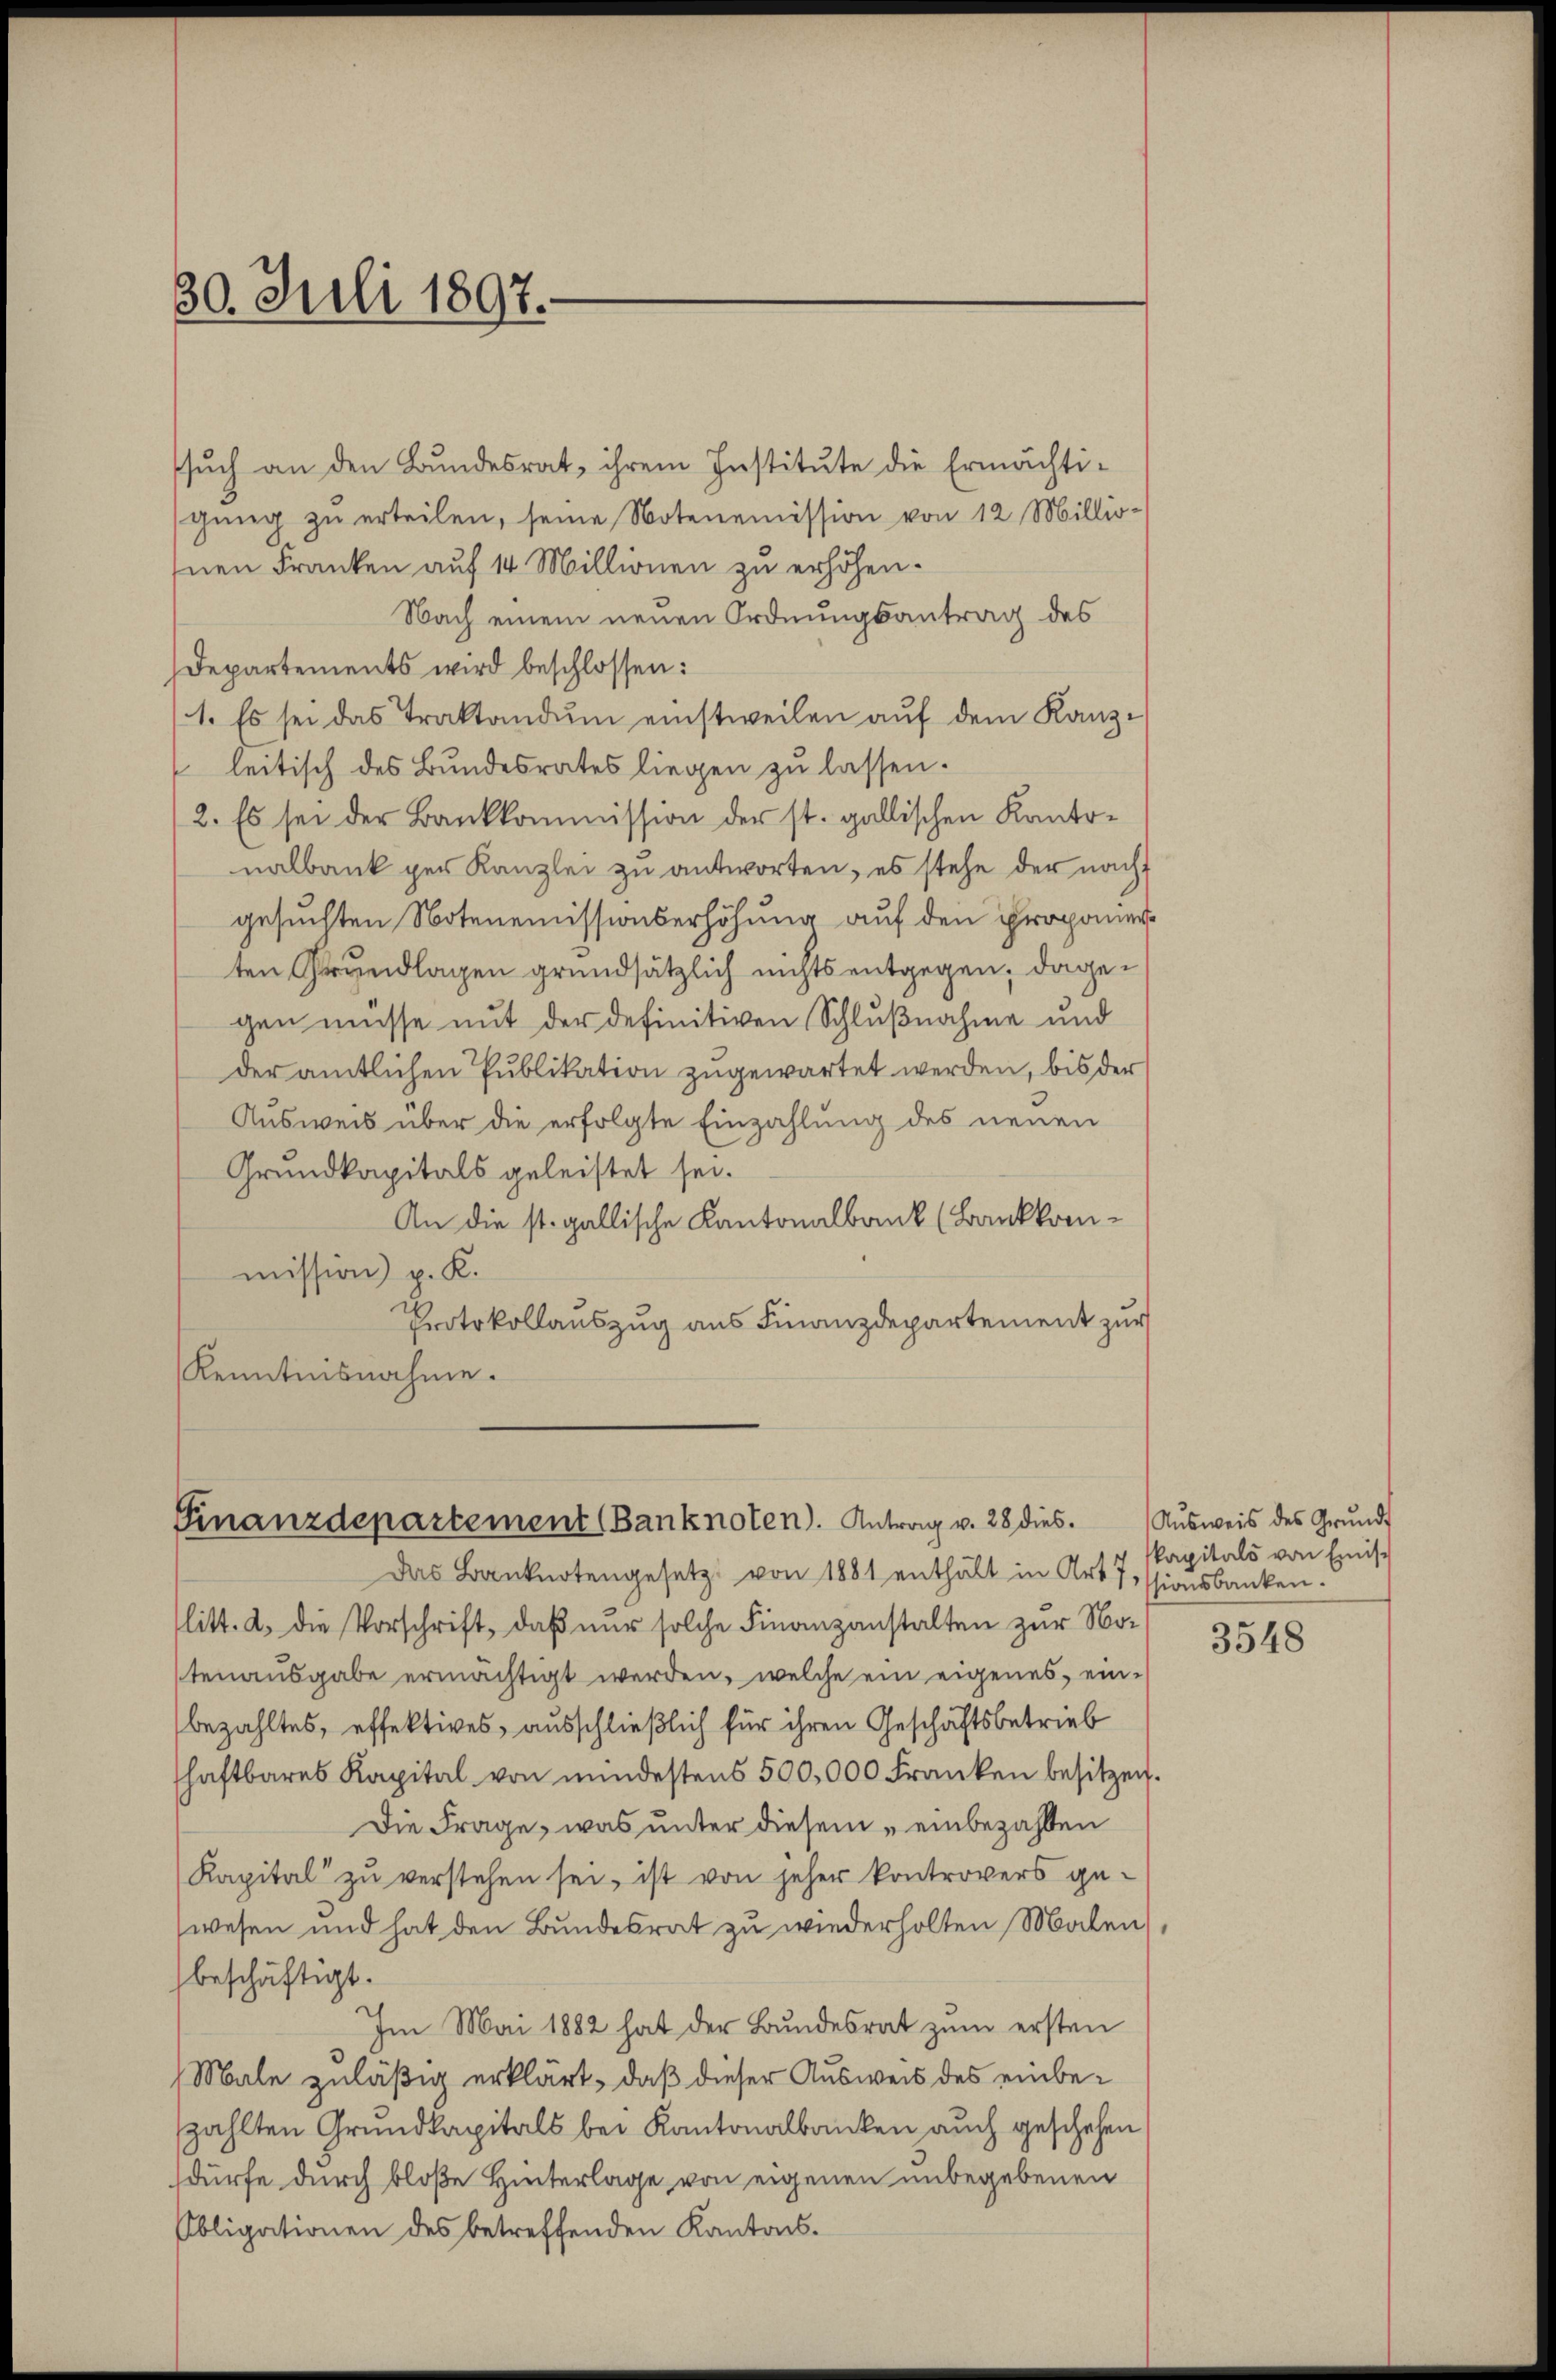
30. Juli 1897.

ssuch an den Bundesrat, ihrem Institute die Ermächtigŭng zŭ erteilen, seine Notenemission von 12 Millio-
nen Franken auf 14 Millionen zu erhöhen.
Nach einem neuen Ordnungsantrag des
Departements wird beschlossen:
1. Es sei das Traktandum einstweilen auf dem Kanzleitisch des Bundesrates liegen zu lassen.
2. Es sei der Bankkommission der st. gallischen Kantonalbank per Kanzlei zu antworten, es stehe der nachgesuchten Notenemissionserhöhung auf den proponer
ten Grundlagen grundsätzlich nichts entgegen; dagegen müsse mit der definitiven Schlußnahme und
der amtlichen Publikation zugewartet werden, bis der
Ausweis über die erfolgte Einzahlung des neuen
Grundkapitals geleistet sei.
An die st. gallische Kantonalbank (Bankkommission) p. K.
Protokollauszug aus Finanzdepartement zur
Kenntnisnahme.

Finanzdepartement (Banknoten). Antrag v. 28 dies.
Das Banknotengesetz von 1881 enthält in Art. 7, ssionsbanken.

litt. a. die Vorschrift, daß nur solche Finanzanstalten zur Notenausgabe ermächtigt werden, welche ein eigenes, einbezahltes, effektives, ausschließlich für ihren Geschäftsbetrieb
schaftbares Kapital von mindestens 500,000 Franken besitzen.
Die Frage, was unter diesem „einbezahlten
Kapital zu verstehen sei, ist von jeher kontrovers gewesen und hat den Bundesrat zu wiederholten Malen
beschäftigt.
Im Mai 1882 hat der Bundesrat zum ersten
Male zuläßig erklärt, daß dieser Ausweis des einbeszahlten Grundkapitals bei Kantonalbanken auch geschehen,
dürfe durch bloße Hinterlage von eigenen unbegebenen
Obligationen des betreffenden Kantons-

Aŭsweis des Grund-
kapitals von Einisc

3548